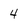
Character: 4